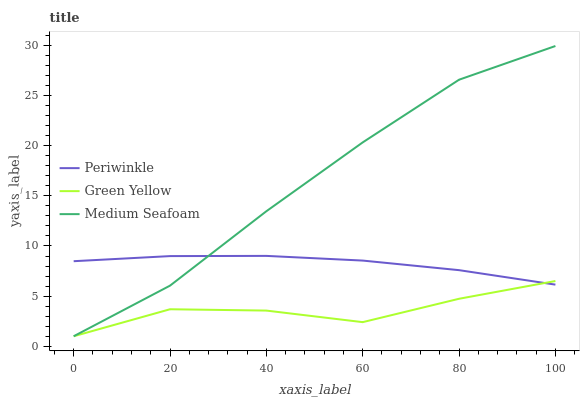
| xaxis_label | Periwinkle | Green Yellow | Medium Seafoam |
 | --- | --- | --- | --- |
 | 0 | 8.48 | 1 | 1 |
 | 20 | 8.99 | 3.69 | 6.05 |
 | 40 | 9.01 | 3.56 | 13.5 |
 | 60 | 8.54 | 2.41 | 20.3 |
 | 80 | 7.59 | 4.74 | 26.6 |
 | 100 | 6.15 | 6.51 | 29.9 |